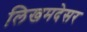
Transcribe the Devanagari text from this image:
लिखमदेसर